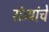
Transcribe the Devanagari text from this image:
संत्र्यांचे